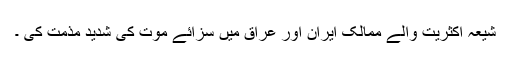
شیعہ اکثریت والے ممالک ایران اور عراق میں سزائے موت کی شدید مذمت کی ۔